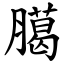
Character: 臈